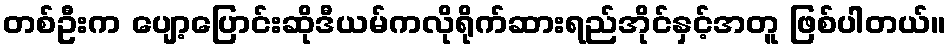
တစ်ဦးက ပျော့ပြောင်းဆိုဒီယမ်ကလိုရိုက်ဆားရည်အိုင်နှင့်အတူ ဖြစ်ပါတယ်။